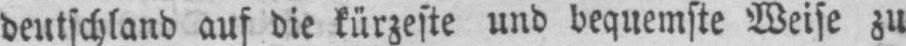
deutschland auf die kürzeste und bequemste Weise zu